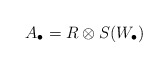
\begin{align*}A_{\bullet} =R \otimes S(W_{\bullet})\end{align*}